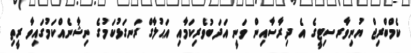
ކެމްބްރިޖް ޔުނިވާރސިޓީގެ އެ ދިރާސާއިން ވަނީ އަދަބުވެރިކަމާއި އަޙުލާގް ރަނގަޅުކަމުގެ ނިޝާނެއްކަމުގައިވާ ރީތި